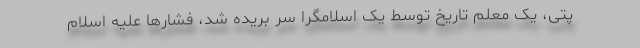
پتی، یک معلم تاریخ توسط یک اسلامگرا سر بریده شد، فشارها علیه اسلام